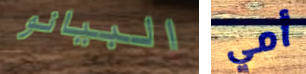
البيانو أمي